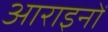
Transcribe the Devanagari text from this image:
आराइनों